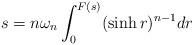
LaTeX: \begin{align*}s = n \omega_n \int_0^{F(s)} (\sinh r)^{n-1} dr\end{align*}